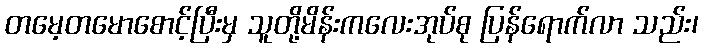
တမေ့တမောစောင့်ပြီးမှ သူတို့မိန်းကလေးအုပ်စု ပြန်ရောက်လာ သည်း၊